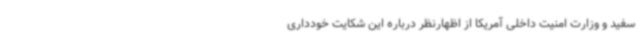
سفید و وزارت امنیت داخلی آمریکا از اظهارنظر درباره این شکایت خودداری